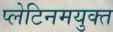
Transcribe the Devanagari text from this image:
प्लेटिनमयुक्त